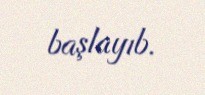
başlayıb.